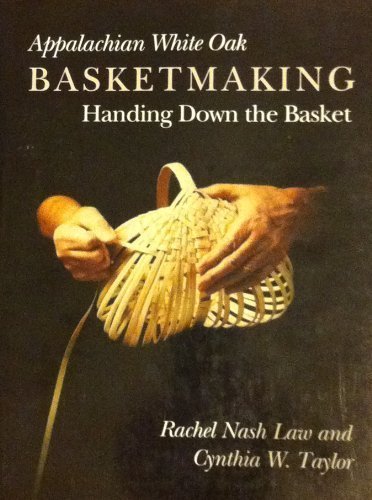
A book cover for Appalachian White Oak Basketmaking: Handing Down the Basket; Rachel Nash Law; Crafts, Hobbies & Home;